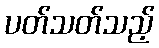
ပတ်သတ်သည့်